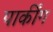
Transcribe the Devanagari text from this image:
पार्कींग